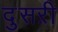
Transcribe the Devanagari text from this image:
दुसऱी